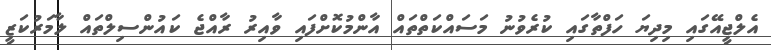
އެލްޖީއޭގައި މިދިޔަ ހަފްތާގައި ކުރެވުނު މަސައްކަތްތައް އާންމުކޮށްފައި ވާއިރު ރާއްޖެ ކައުންސިލްތައް ލާމަރުކަޒީ